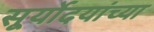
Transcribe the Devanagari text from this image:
सूर्योदयांच्या